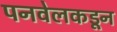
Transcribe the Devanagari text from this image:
पनवेलकडून